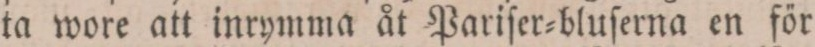
ta wore att inrymma åt Pariſer=bluſerna en för